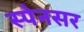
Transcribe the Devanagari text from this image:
स्पेनसर